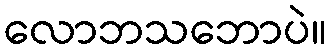
လောဘသဘောပဲ။